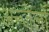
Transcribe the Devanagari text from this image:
अन्जेलो